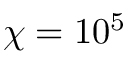
\chi = 1 0 ^ { 5 }